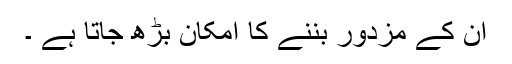
ان کے مزدور بننے کا امکان بڑھ جاتا ہے ۔